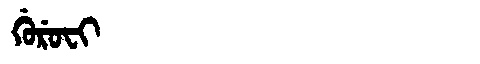
Manchu: ᡤᡠᡵᡠᠸᡳ
Romanization: GURUFI